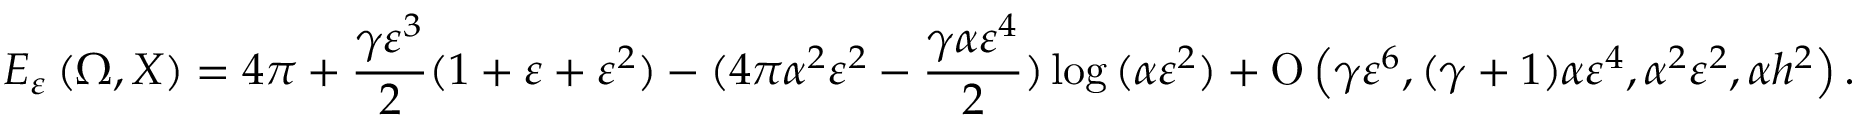
E _ { \varepsilon } \left( \Omega , X \right) = 4 \pi + \frac { \gamma \varepsilon ^ { 3 } } { 2 } ( 1 + \varepsilon + \varepsilon ^ { 2 } ) - ( 4 \pi \alpha ^ { 2 } \varepsilon ^ { 2 } - \frac { \gamma \alpha \varepsilon ^ { 4 } } { 2 } ) \log { ( \alpha \varepsilon ^ { 2 } ) } + \ensuremath { \operatorname { O } \left( \gamma \varepsilon ^ { 6 } , ( \gamma + 1 ) \alpha \varepsilon ^ { 4 } , \alpha ^ { 2 } \varepsilon ^ { 2 } , \alpha h ^ { 2 } \right) } .